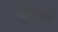
વાસવાળા